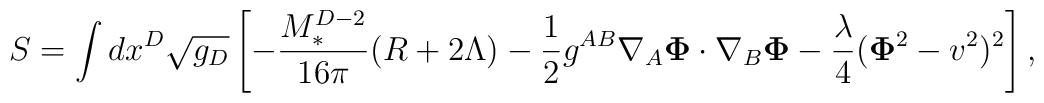
S=\int dx^D\sqrt{g_{D}}\left[-\frac{M^{D-2}_*}{16\pi}(R+2\Lambda)-\frac12 g^{AB} \nabla_A{\bf \Phi} \cdot \nabla_B {\bf \Phi} - \frac{\lambda}{4} ({\bf \Phi}^2 -v^2)^2 \right],